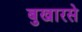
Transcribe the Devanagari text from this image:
बुखारसे